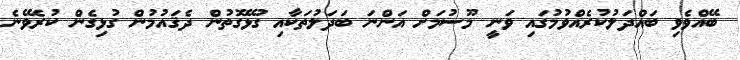
ބޭއްވެވި ބައްދަލުކުރެއްވުމުގައި ވަނީ މޫސުމަށް އަންނަ ބަދަލުތަކާއި ގުޅޭގޮތުން ދެޤައުމުން ގުޅިގެން ކުރެވޭނެ